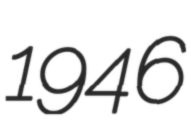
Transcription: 1946